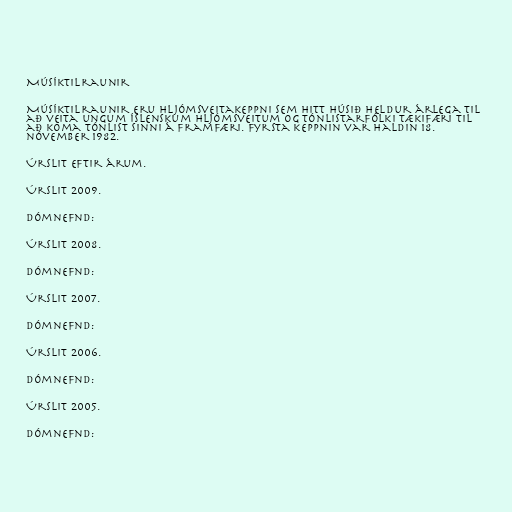
Músíktilraunir

Músíktilraunir eru hljómsveitakeppni sem Hitt Húsið heldur árlega til
að veita ungum íslenskum hljómsveitum og tónlistarfólki tækifæri til
að koma tónlist sinni á framfæri. Fyrsta keppnin var haldin 18.
nóvember 1982.

Úrslit eftir árum.

Úrslit 2009.

Dómnefnd:

Úrslit 2008.

Dómnefnd:

Úrslit 2007.

Dómnefnd:

Úrslit 2006.

Dómnefnd:

Úrslit 2005.

Dómnefnd: